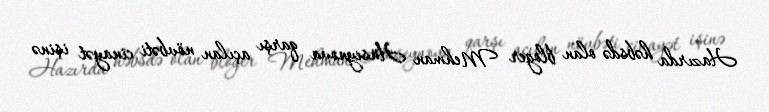
Hazırda həbsdə olan bloger Mehman Hüseynova qarşı açılan növbəti cinayət işinə